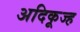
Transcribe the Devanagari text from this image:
अदिकूज्ह